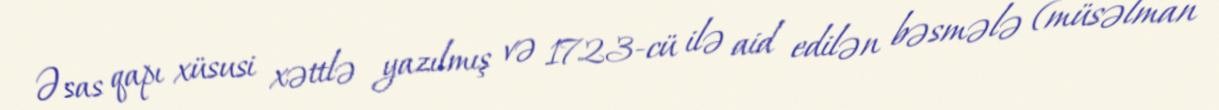
Əsas qapı xüsusi xəttlə yazılmış və 1723-cü ilə aid edilən bəsmələ (müsəlman